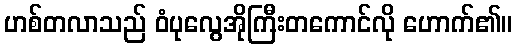
ဟစ်တလာသည် ဝံပုလွေအိုကြီးတကောင်လို ဟောက်၏။